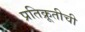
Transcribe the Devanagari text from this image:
प्रतिक्रूतीची